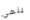
ينهي